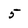
Character: 5